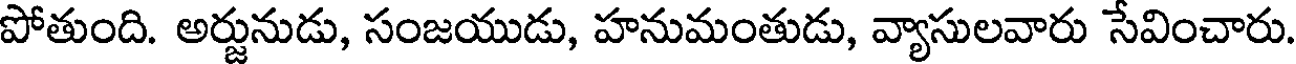
పోతుంది. అర్జునుడు, సంజయుడు, హనుమంతుడు, వ్యాసులవారు సేవించారు